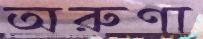
অরুণা